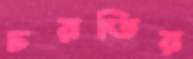
চরতির